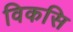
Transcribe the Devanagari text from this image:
विकसि